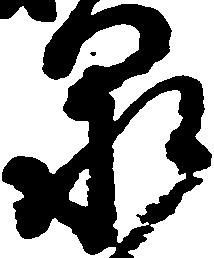
泉